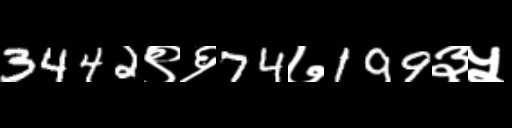
Text: 3442९६74७199३५